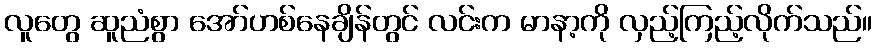
လူတွေ ဆူညံစွာ အော်ဟစ်နေချိန်တွင် လင်းက မာနာ့ကို လှည့်ကြည့်လိုက်သည်။